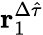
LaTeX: \mathbf{r}_{1}^{\Delta\hat{\tau}}